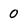
Character: 0